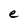
Character: e